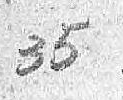
35